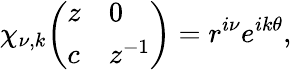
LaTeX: \chi_{\nu,k}{\left(\begin{array}{ll}{z}&{0}\\ {c}&{z^{-1}}\end{array}\right)}=r^{i\nu}e^{ik\theta},